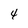
Character: 4